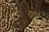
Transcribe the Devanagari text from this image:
यह़